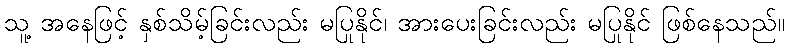
သူ့ အနေဖြင့် နှစ်သိမ့်ခြင်းလည်း မပြုနိုင်၊ အားပေးခြင်းလည်း မပြုနိုင် ဖြစ်နေသည်။